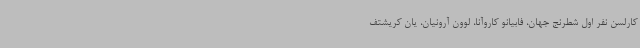
کارلسن نفر اول شطرنج جهان، فابیانو کاروآنا، لوون آرونیان، یان کریشتف